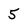
Character: 5